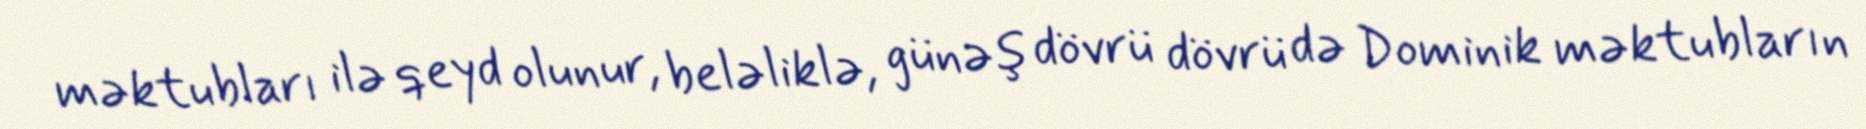
məktubları ilə qeyd olunur, beləliklə, günəş dövrü dövrü də Dominik məktubların